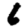
Digit: 6